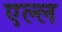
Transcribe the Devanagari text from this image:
एल्ल